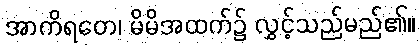
အာကိရတေ၊ မိမိအထက်၌ လွှင့်သည်မည်၏။